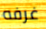
غرفه